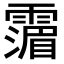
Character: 𩅹